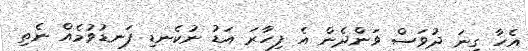
އެހާ ގިނަ ދުވަސް ވަންދެން އެ ފިހާރަ އަޑު ނުކެނޑި ފަނޑުވުމެއް ނެތި